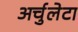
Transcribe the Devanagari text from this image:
अर्चुलेटा